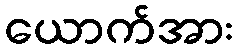
ယောက်အား